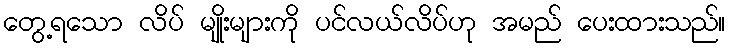
တွေ့ရသော လိပ် မျိုးများကို ပင်လယ်လိပ်ဟု အမည် ပေးထားသည်။